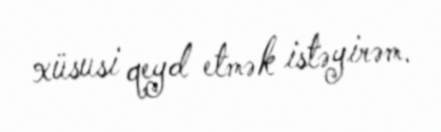
xüsusi qeyd etmək istəyirəm.